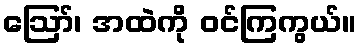
ဪ၊ အထဲကို ဝင်ကြကွယ်။